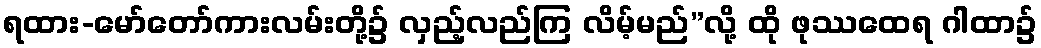
ရထား-မော်တော်ကားလမ်းတို့၌ လှည့်လည်ကြ လိမ့်မည်”လို့ ထို ဖုဿထေရ ဂါထာ၌